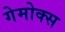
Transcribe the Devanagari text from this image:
गेमोक्स